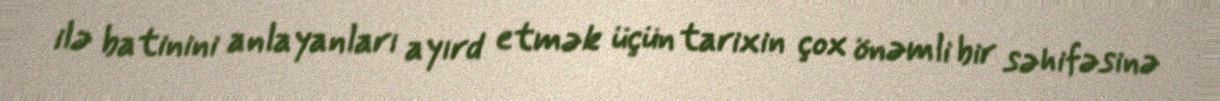
ilə batinini anlayanları ayırd etmək üçün tarixin çox önəmli bir səhifəsinə